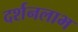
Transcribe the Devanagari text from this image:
दर्शनलाभ